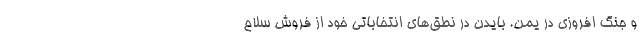
و جنگ افروزی در یمن. بایدن در نطق­­های انتخاباتی خود از فروش سلاح